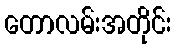
တောလမ်းအတိုင်း